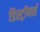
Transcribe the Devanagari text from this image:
डिस्ट्रॉयर्स